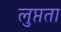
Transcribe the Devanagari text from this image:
लुप्तता